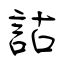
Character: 詁